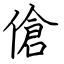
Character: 傖